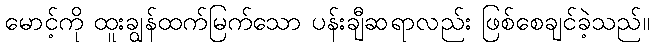
မောင့်ကို ထူးချွန်ထက်မြက်သော ပန်းချီဆရာလည်း ဖြစ်စေချင်ခဲ့သည်။